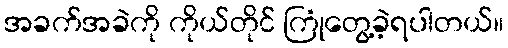
အခက်အခဲကို ကိုယ်တိုင် ကြုံတွေ့ခဲ့ရပါတယ်။